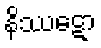
နိဿဋော